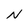
Character: N